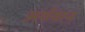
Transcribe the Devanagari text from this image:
अर्थवान्‌